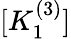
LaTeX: [K_{1}^{(3)}]